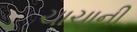
ચાચાની